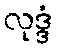
လုဒ္ဒံ